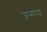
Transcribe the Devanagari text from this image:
जन्माद्य